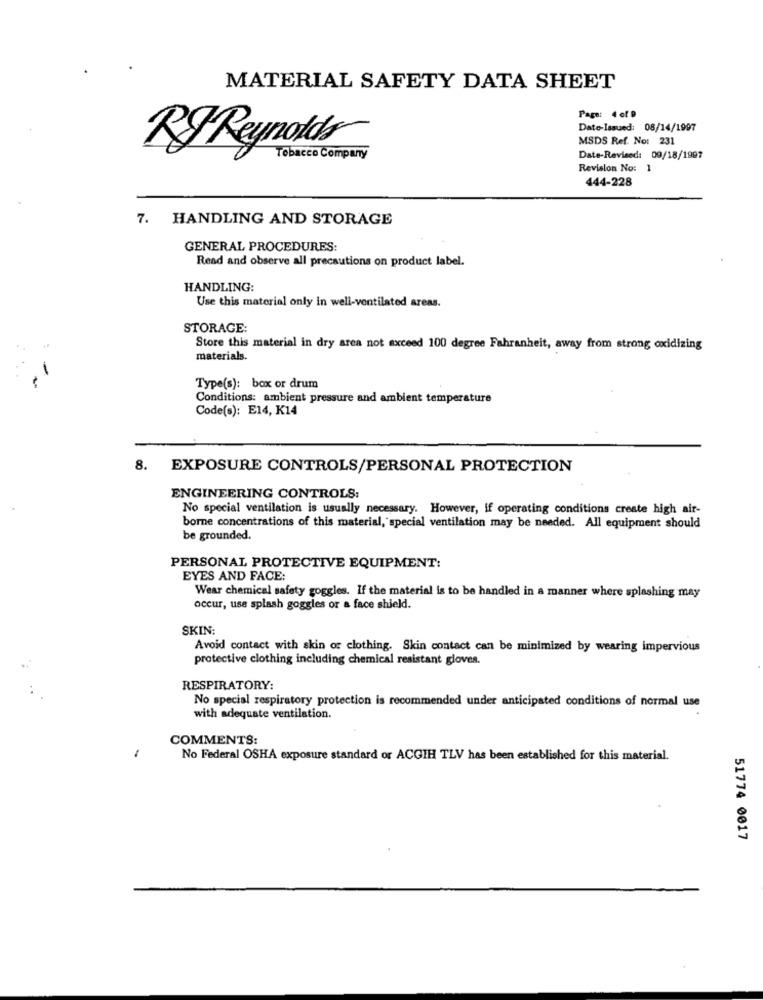
MATERIAL SAFETY DATA SHEET
Page: 4 of 9
Date-Issued: 08/14/1997
MSDS Ref. No: 231
RF Reynolds
Tobacco Company
Date-Revised: 09/18/1997
Revision No: 1
444-228
7. HANDLING AND STORAGE
GENERAL PROCEDURES:
Read and observe all precautions on product label.
HANDLING:
Use this material only in well-ventilated areas.
STORAGE:
Store this material in dry area not exceed 100 degree Fahrenheit, away from strong oxidizing
materials.
-
Type(s): box or drum
Conditions: ambient pressure and ambient temperature
Code(s): E14, K14
8. EXPOSURE CONTROLS/PERSONAL PROTECTION
ENGINEERING CONTROLS:
No special ventilation is usually necessary. However, if operating conditions create high air-
borne concentrations of this material, special ventilation may be needed. All equipment should
be grounded.
PERSONAL PROTECTIVE EQUIPMENT:
EYES AND FACE:
Wear chemical safety goggles. If the material is to be handled in a manner where splashing may
occur, use splash goggles or a face shield.
SKIN:
Avoid contact with skin or clothing. Skin contact can be minimized by wearing impervious
protective clothing including chemical resistant gloves.
RESPIRATORY:
No special respiratory protection is recommended under anticipated conditions of normal use
with adequate ventilation.
COMMENTS:
1
No Federal OSHA exposure standard or ACGIH TLV has been established for this material.
51774 0017